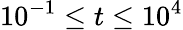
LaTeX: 10^{-1}\leq t\leq 10^{4}